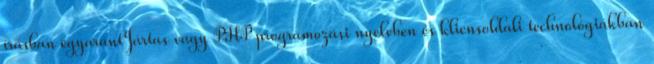
írásban egyarántJártas vagy PHP programozási nyelvben és kliensoldali technológiákban